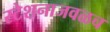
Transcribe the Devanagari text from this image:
स्टेशनाजवळच